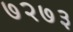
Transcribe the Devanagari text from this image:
७२७३